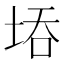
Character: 𭎝